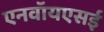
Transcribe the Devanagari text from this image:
एनवॉयएसई